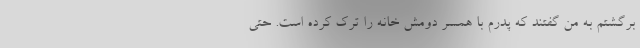
برگشتم به من گفتند که پدرم با همسر دومش خانه را ترک کرده است. حتی